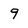
Character: 9